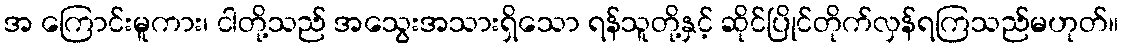
အ ကြောင်းမူကား၊ ငါတို့သည် အသွေးအသားရှိသော ရန်သူတို့နှင့် ဆိုင်ပြိုင်တိုက်လှန်ရကြသည်မဟုတ်။